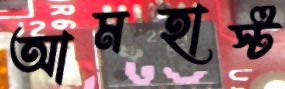
আমহার্স্ট